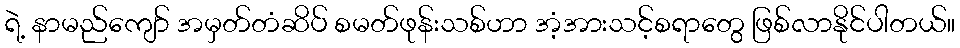
ရဲ့ နာမည်ကျော် အမှတ်တံဆိပ် စမတ်ဖုန်းသစ်ဟာ အံ့အားသင့်စရာတွေ ဖြစ်လာနိုင်ပါတယ်။